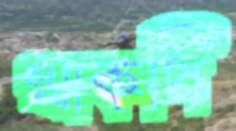
থাকপি